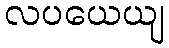
လပယေယျ